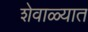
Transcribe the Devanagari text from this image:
शेवाळ्यात